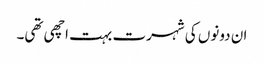
ان دونوں کی شہرت بہت اچھی تھی۔